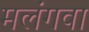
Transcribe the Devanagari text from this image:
मलंगवा